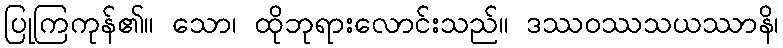
ပြုကြကုန်၏။ သော၊ ထိုဘုရားလောင်းသည်။ ဒဿဝဿသယဿာနိ၊